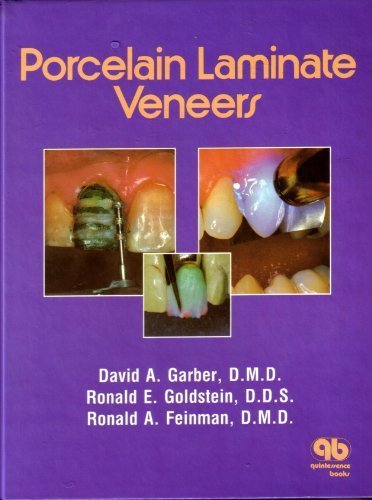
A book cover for Porcelain Laminate Veneers; David A. Garber; Medical Books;